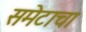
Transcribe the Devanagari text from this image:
समेटाचा